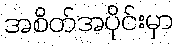
အစိတ်အပိုင်းမှာ